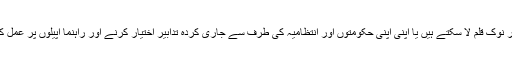
یہ تو بس زیادہ سے زیادہ اس کے اثرات و مہلکات کے اعداد و شمار نوک قلم لا سکتے ہیں یا اپنی اپنی حکومتوں اور انتظامیہ کی طرف سے جاری کردہ تدابیر اختیار کرنے اور راہنما اپیلوں پر عمل کرنے کی طرف توجہ مبذول کرانے پر کچھ لکھ اور بول سکتے ہیں۔